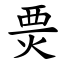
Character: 㶾